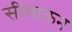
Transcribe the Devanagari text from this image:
सीमाकन